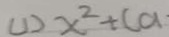
( 1 ) x ^ { 2 } + ( a